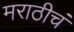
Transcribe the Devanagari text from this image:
मराठीचं